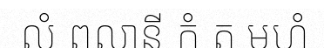
លំ ពលានី កំ ត មហំ